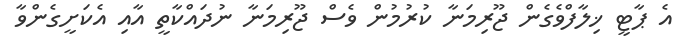
އެ ޕާޓީ ޚިލާފްވެގެން ޖޫރިމަނާ ކުރުމުން ވެސް ޖޫރިމަނާ ނުދައްކާތީ އާއި އެކަށީގެންވާ